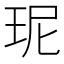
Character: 𤤗